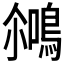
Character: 𪂘